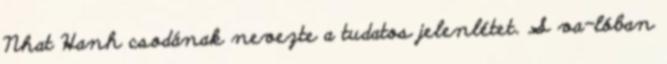
Nhat Hanh csodának nevezte a tudatos jelenlétet. S va-lóban